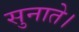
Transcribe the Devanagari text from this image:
सुनाते।